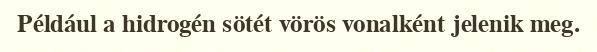
Például a hidrogén sötét vörös vonalként jelenik meg.